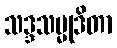
သဒ္ဒသမ္မုဒိတာ